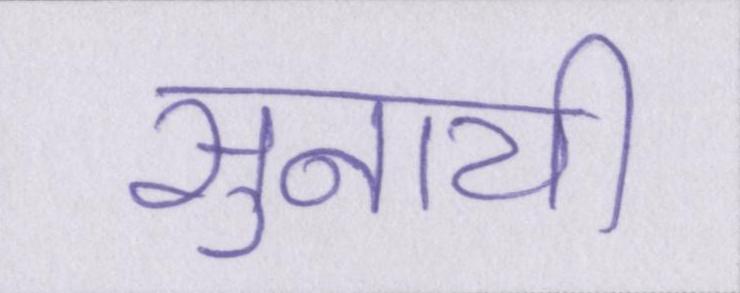
सुनायी